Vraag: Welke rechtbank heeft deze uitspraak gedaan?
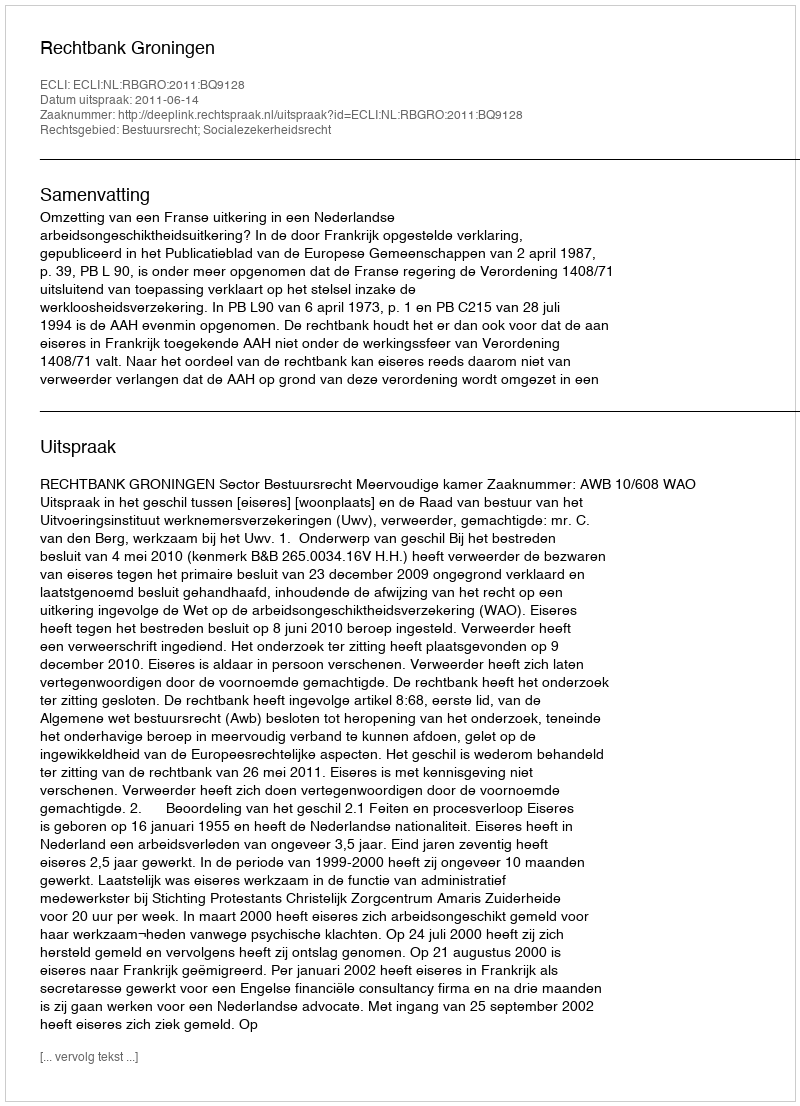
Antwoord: Rechtbank Groningen